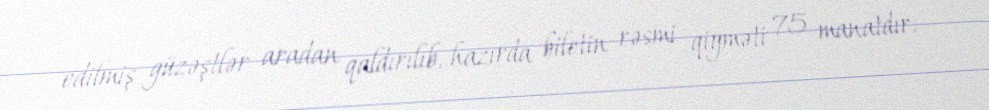
edilmiş güzəştlər aradan qaldırılıb, hazırda biletin rəsmi qiyməti 75 manatdır.